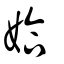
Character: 姶